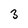
Character: 3